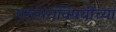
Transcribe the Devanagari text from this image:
परस्परांविषयीच्या